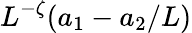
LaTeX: L^{-\zeta}(a_{1}-a_{2}/L)